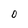
Character: 0